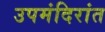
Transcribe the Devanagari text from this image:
उपमंदिरांत